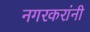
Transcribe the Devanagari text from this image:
नगरकरांनी